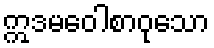
ဣဒမဝေါစာဝုသော